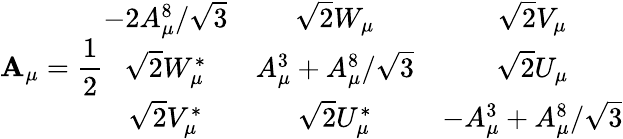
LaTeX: \mathbf{A}_{\mu}=\frac{{1}}{{2}}\begin{array}{ccc}{{-2A_{\mu}^{8}/\sqrt{3}}}&{{\sqrt{2}W_{\mu}}}&{{\sqrt{2}V_{\mu}}}\\ {{\sqrt{2}W_{\mu}^{*}}}&{{A_{\mu}^{3}+A_{\mu}^{8}/\sqrt{3}}}&{{\sqrt{2}U_{\mu}}}\\ {{\sqrt{2}V_{\mu}^{*}}}&{{\sqrt{2}U_{\mu}^{*}}}&{{-A_{\mu}^{3}+A_{\mu}^{8}/\sqrt{3}}}\end{array}